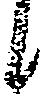
候